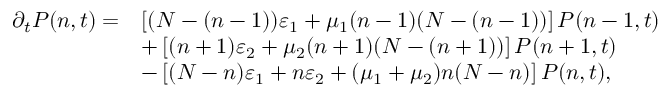
\begin{array} { r l } { \partial _ { t } P ( n , t ) = } & { \left[ ( N - ( n - 1 ) ) \varepsilon _ { 1 } + \mu _ { 1 } ( n - 1 ) ( N - ( n - 1 ) ) \right] P ( n - 1 , t ) } \\ & { + \left[ ( n + 1 ) \varepsilon _ { 2 } + \mu _ { 2 } ( n + 1 ) ( N - ( n + 1 ) ) \right] P ( n + 1 , t ) } \\ & { - \left[ ( N - n ) \varepsilon _ { 1 } + n \varepsilon _ { 2 } + ( \mu _ { 1 } + \mu _ { 2 } ) n ( N - n ) \right] P ( n , t ) , } \end{array}